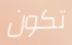
تكون